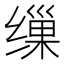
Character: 缫